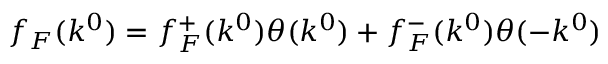
f _ { F } ( k ^ { 0 } ) = f _ { F } ^ { + } ( k ^ { 0 } ) \theta ( k ^ { 0 } ) + f _ { F } ^ { - } ( k ^ { 0 } ) \theta ( - k ^ { 0 } )